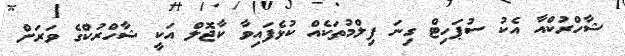
ޝާހްރުކްއާ އެކު ސުޕަހިޓް ގިނަ ފިލްމުތަކެއް ކުޅެފައިވާ ކާޖޮލް އަކީ ޝާހްރުކްގެ ވަރަށް